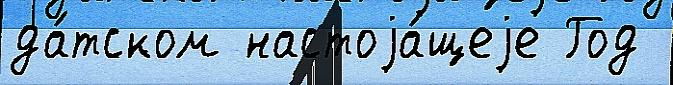
да́тском настоjа́щеjе Год